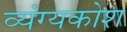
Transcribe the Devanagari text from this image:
व्यंग्यकोश